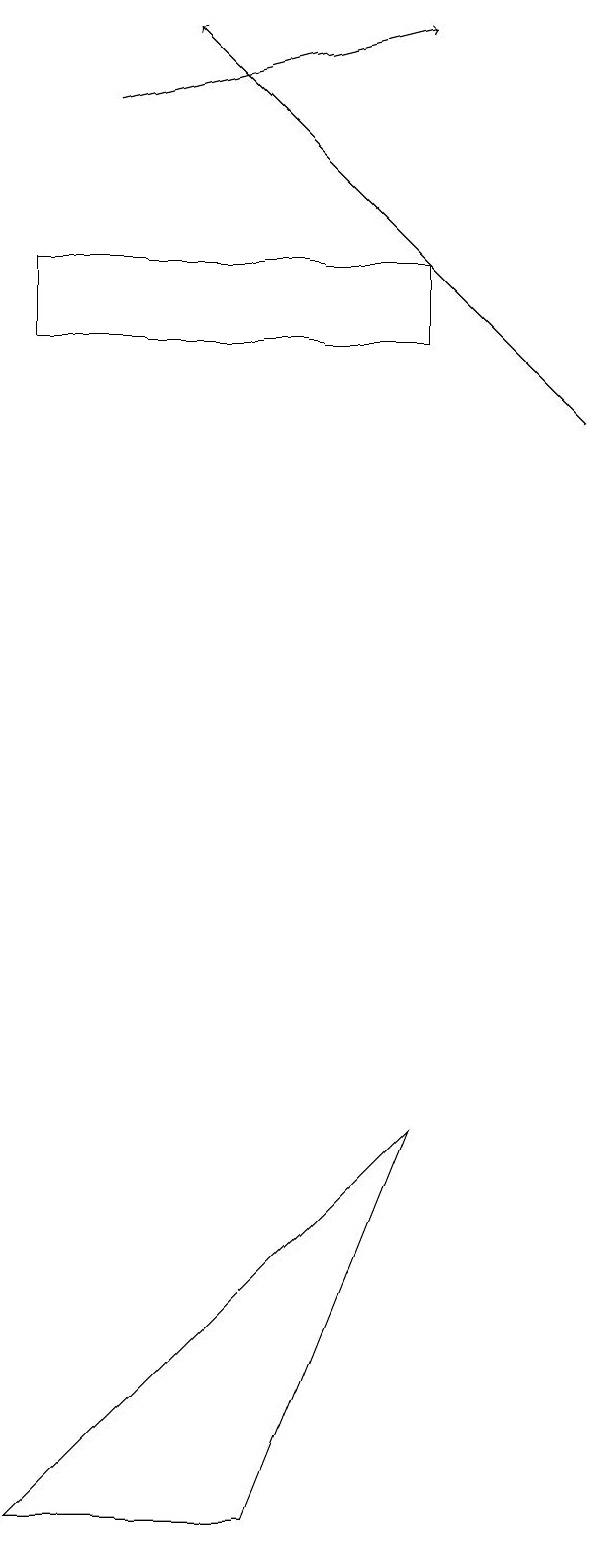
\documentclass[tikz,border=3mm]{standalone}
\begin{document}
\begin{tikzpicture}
\draw (6,15) rectangle (1,16);
\draw[->] (8,14) -- (3,19);
\draw[->] (2,18) -- (6,19);
\draw (1,0) -- (4,0) -- (6,5) -- cycle;
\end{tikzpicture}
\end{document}